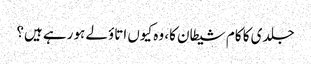
جلدی کا کام شیطان کا، وہ کیوں اتاؤلے ہو رہے ہیں؟